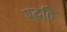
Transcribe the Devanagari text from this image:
पद्घति